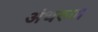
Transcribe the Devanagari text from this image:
अंथरुण